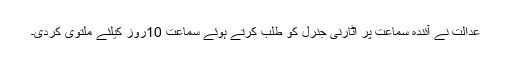
عدالت نے آئندہ سماعت پر اٹارنی جنرل کو طلب کرتے ہوئے سماعت 10روز کیلئے ملتوی کردی۔